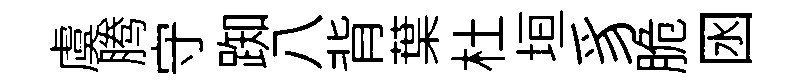
虞腾守踟八背葉杜垣豸脆囦